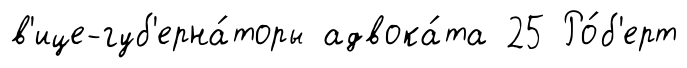
в'ице-губ'ерна́торы адвока́та 25 Ро́б'ерт